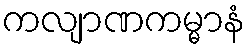
ကလျာဏကမ္မာနံ